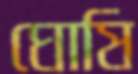
ঘোষি